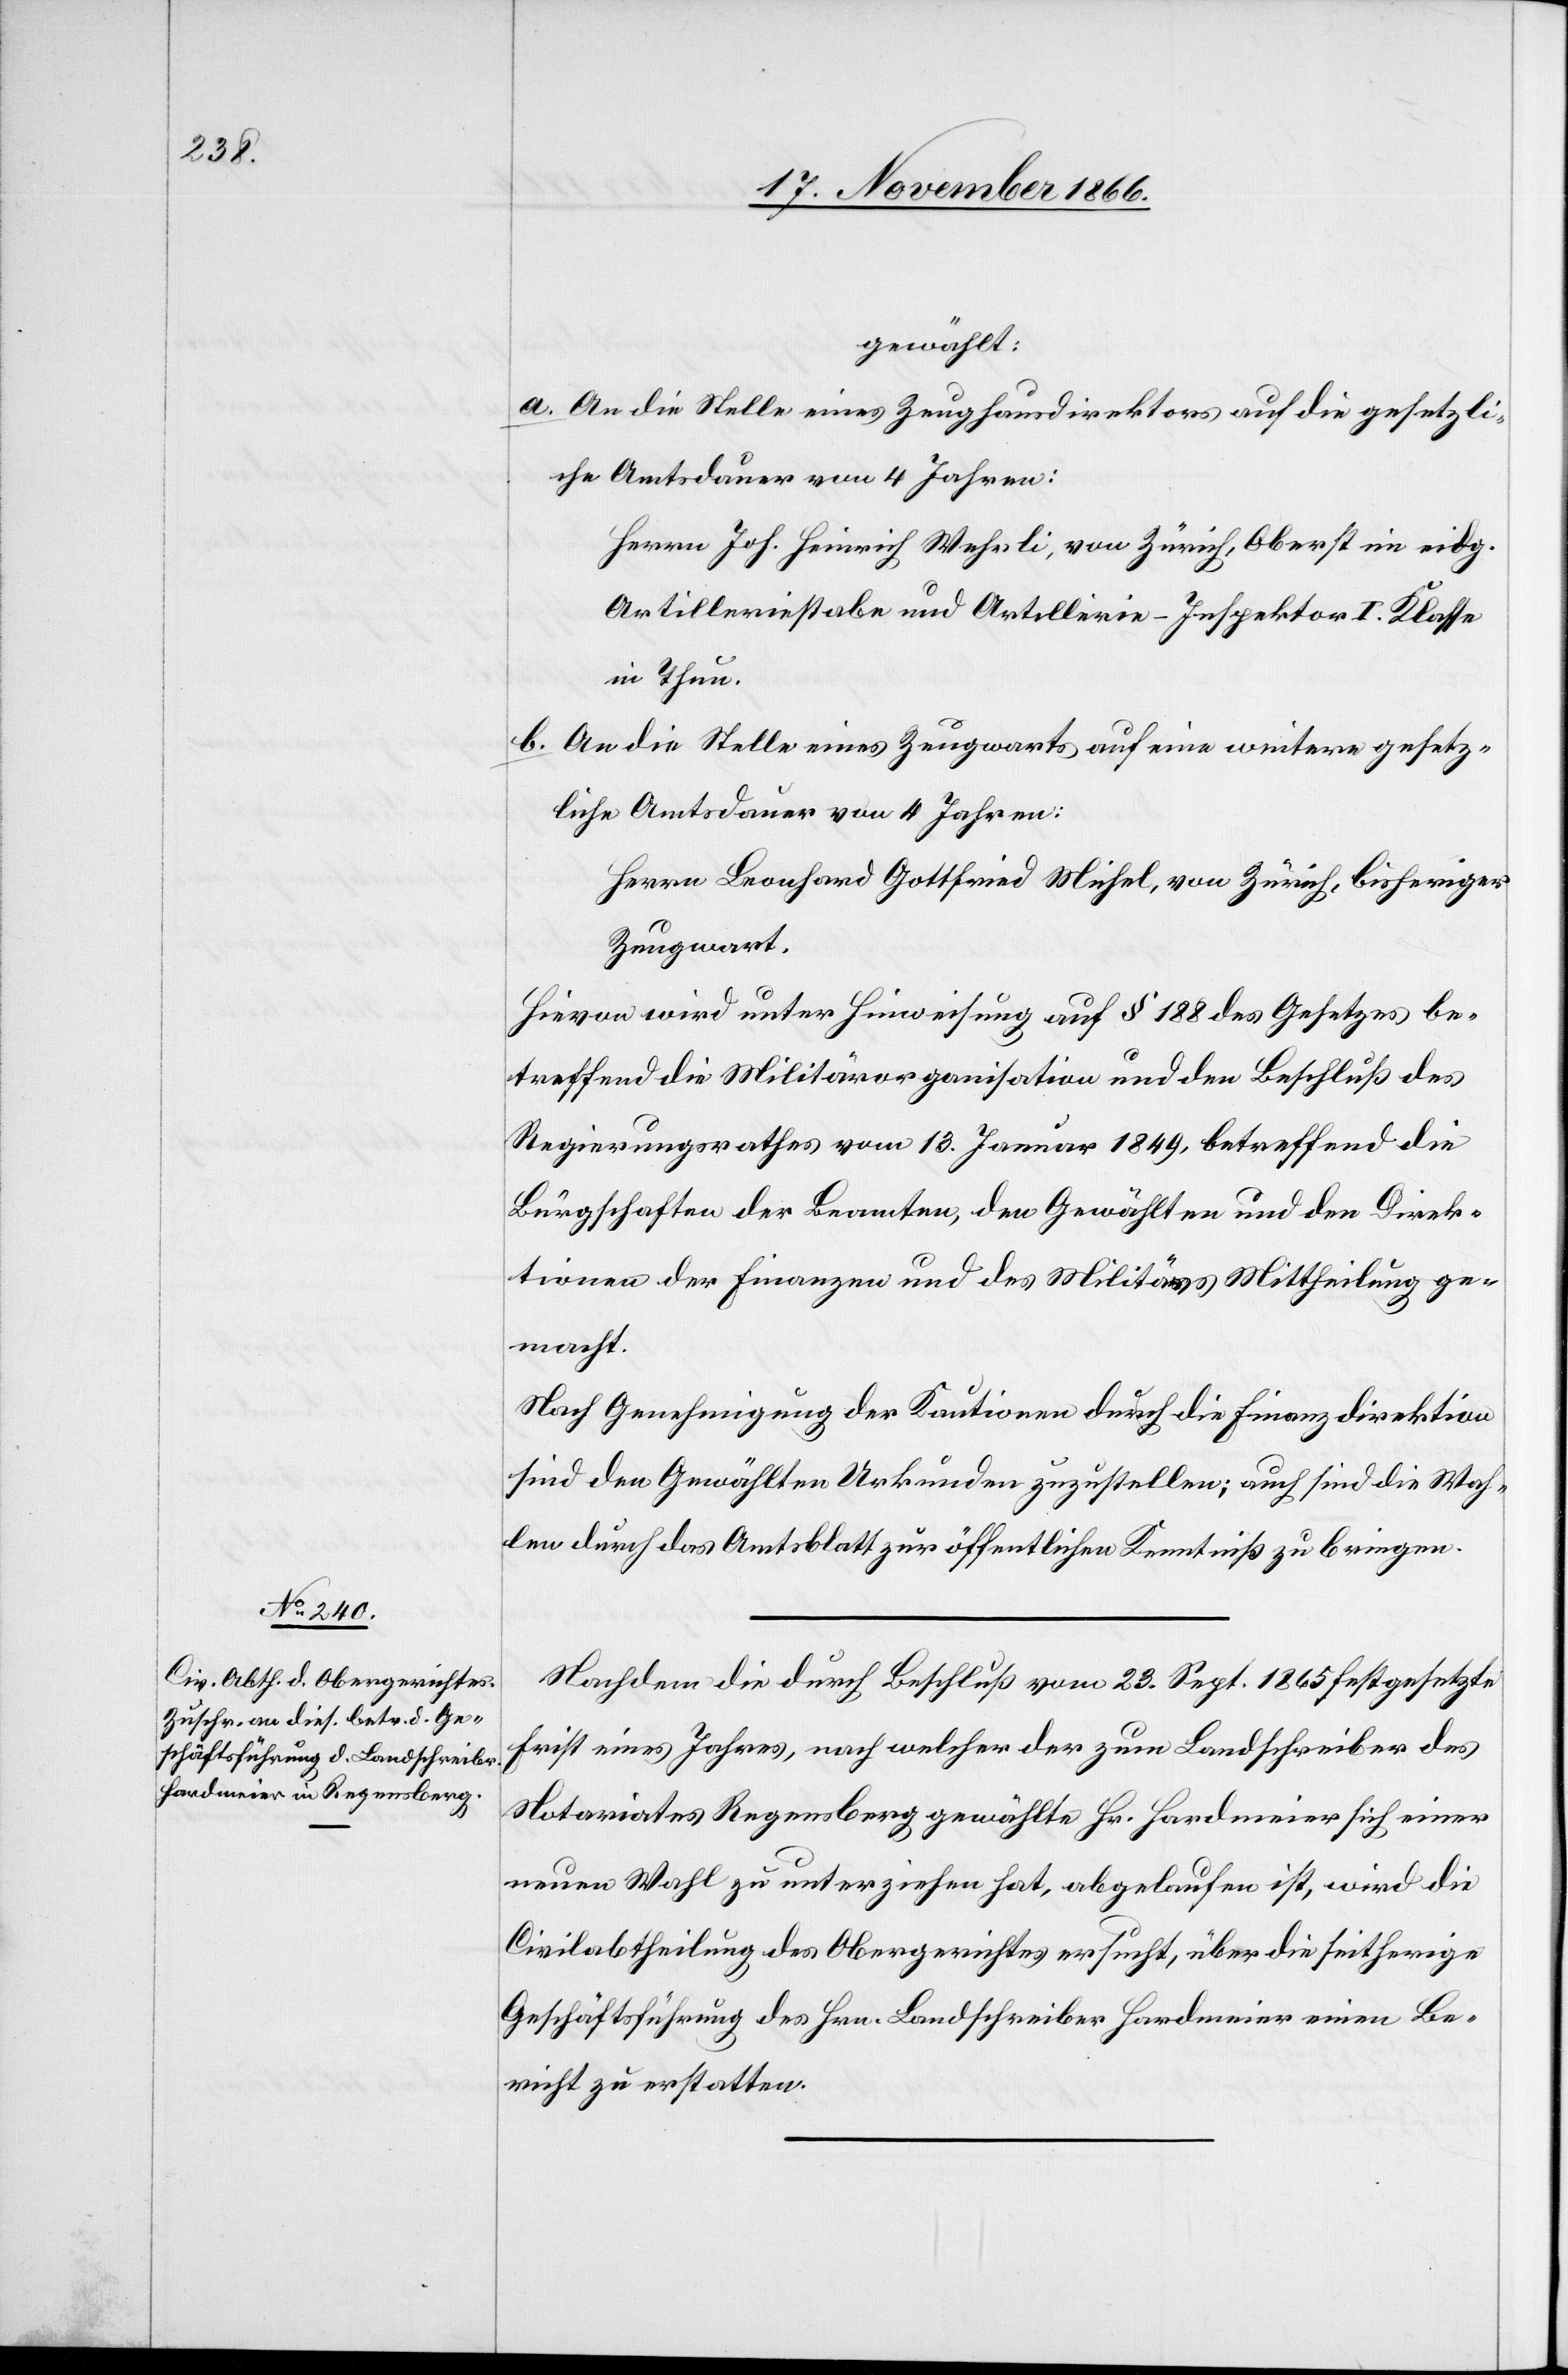
gewählt:
a. An die Stelle eines Zeughausdirektors auf die gesetzli¬
che Amtsdauer von 4 Jahren:
Herrn Joh. Heinrich Wehrli, von Zürich, Oberst im eidg.
Artilleriestabe und Artillerie-Inspektor I. Klasse
in Thun.
b. An die Stelle eines Zeugwarts auf eine weitere gesetz¬
liche Amtsdauer von 4 Jahren:
Herrn Leonhard Gottfried Michel, von Zürich, bisheriger
Zeugwart.
Hievon wird unter Hinweisung auf § 188 des Gesetzes be¬
treffend die Militärorganisation und den Beschluß des
Regierungsrathes vom 13. Januar 1849, betreffend die
Bürgschaften der Beamten, den Gewählten und den Direk¬
tionen der Finanzen und des Militärs Mittheilung ge¬
macht.
Nach Genehmigung der Kautionen durch die Finanzdirektion
sind den Gewählten Urkunden zuzustellen; auch sind die Wah¬
len durch das Amtsblatt zur öffentlichen Kenntniß zu bringen.
Nachdem die durch Beschluß vom 23. Sept. 1865 festgesetzte
Frist eines Jahres, nach welcher der zum Landschreiber des
Notariates Regensberg gewählte Hr. Hardmeier sich einer
neuen Wahl zu unterziehen hat, abgelaufen ist, wird die
Civilabtheilung des Obergerichtes ersucht, über die seitherige
Geschäftsführung des Hrn. Landschreiber Hardmeier einen Be¬
richt zu erstatten.